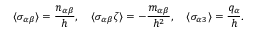
\langle \sigma _ { \alpha \beta } \rangle = \frac { n _ { \alpha \beta } } { h } , \quad \langle \sigma _ { \alpha \beta } \zeta \rangle = - \frac { m _ { \alpha \beta } } { h ^ { 2 } } , \quad \langle \sigma _ { \alpha 3 } \rangle = \frac { q _ { \alpha } } { h } .